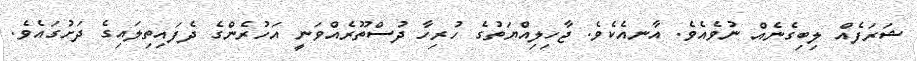
ޝަރަފެއް ލިބިގެނެއް ނުވެއެވެ. އާނއެކެވެ. ޖާހިލިއްޔަތުގެ ހުރިހާ ދުސްތޫރެއްވަނީ އަހުރެންގެ ދެފައިތިލައިގެ ދަށުގައެވެ.